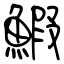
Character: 鰕